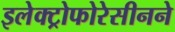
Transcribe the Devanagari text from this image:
इलेक्ट्रोफोरेसीनने